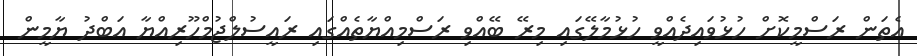
އެތަން ރަސްމީކޮށް ހުޅުވައިދެއްވީ ހުޅުމާލޭގައި މިރޭ ބޭއްވި ރަސްމިއްޔާތެއްގައި ރައީސުލްޖުމްހޫރިއްޔާ އަބްދު ޔާމީން